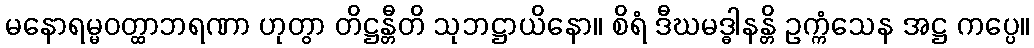
မနောရမ္မဝတ္ထာဘရဏာ ဟုတွာ တိဋ္ဌန္တီတိ သုဘဋ္ဌာယိနော။ စိရံ ဒီဃမဒ္ဓါနန္တိ ဥက္ကံသေန အဋ္ဌ ကပ္ပေ။